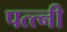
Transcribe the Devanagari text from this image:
पत्त्नी